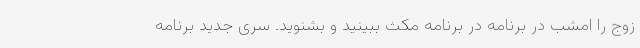
زوج را امشب در برنامه در برنامه مکث ببینید و بشنوید. سری جدید برنامه